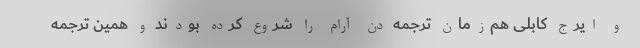
و ایرج کابلی هم‌زمان ترجمه‌ دن آرام را شروع کرده بودند و همین ترجمه